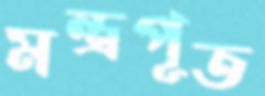
মন্ত্রপূত